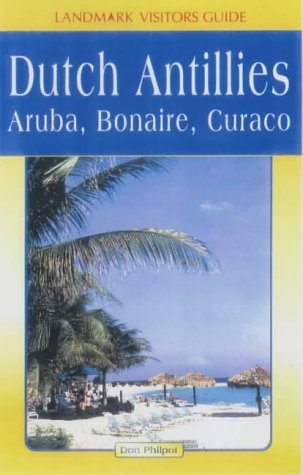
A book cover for Landmark Visitors Guides to Aruba, Bonaire & Curacao (Landmark Visitors Guides) (Landmark Visitors Guide Aruba, Bonaire & Curacao); Don Philpott; Travel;